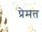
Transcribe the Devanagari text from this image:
प्रेमत